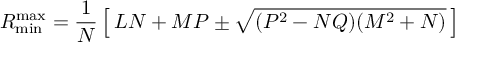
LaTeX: R _ { \mathrm { m i n } } ^ { \mathrm { m a x } } = \frac { 1 } { N } \left[ \, L N + M P \pm \sqrt { ( P ^ { 2 } - N Q ) ( M ^ { 2 } + N ) } \, \right]